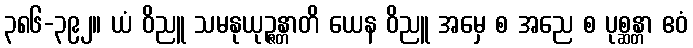
၃၈၆-၃၉၂။ ယံ ဝိညူ သမနုယုဉ္ဇန္တာတိ ယေန ဝိညူ အမှေ စ အညေ စ ပုစ္ဆန္တာ ဧဝံ